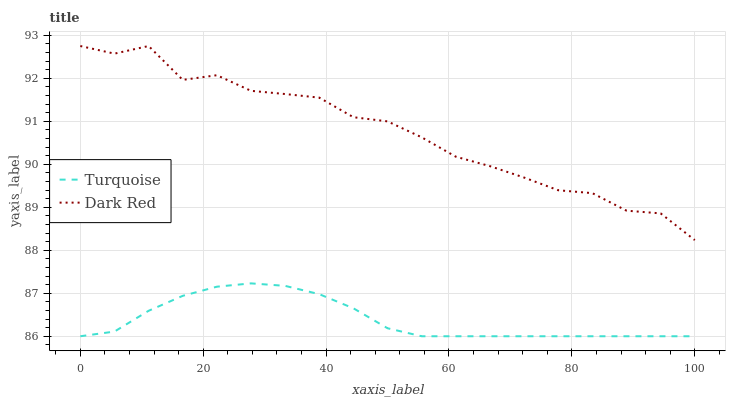
| xaxis_label | Turquoise | Dark Red |
 | --- | --- | --- |
 | 0 | 86 | 92.7 |
 | 5.56 | 86.1 | 92.6 |
 | 11.1 | 86.6 | 92.7 |
 | 16.7 | 86.9 | 92 |
 | 22.2 | 87.2 | 92.1 |
 | 27.8 | 87.2 | 91.7 |
 | 33.3 | 87.2 | 91.6 |
 | 38.9 | 87 | 91.5 |
 | 44.4 | 86.6 | 91.1 |
 | 50 | 86.2 | 91 |
 | 55.6 | 86 | 90.6 |
 | 61.1 | 86 | 90.2 |
 | 66.7 | 86 | 90 |
 | 72.2 | 86 | 89.7 |
 | 77.8 | 86 | 89.4 |
 | 83.3 | 86 | 89.3 |
 | 88.9 | 86 | 88.9 |
 | 94.4 | 86 | 88.9 |
 | 100 | 86 | 88.2 |